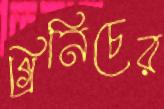
গ্রিনিচের